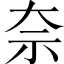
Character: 奈